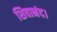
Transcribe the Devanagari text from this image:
शिवानंद।